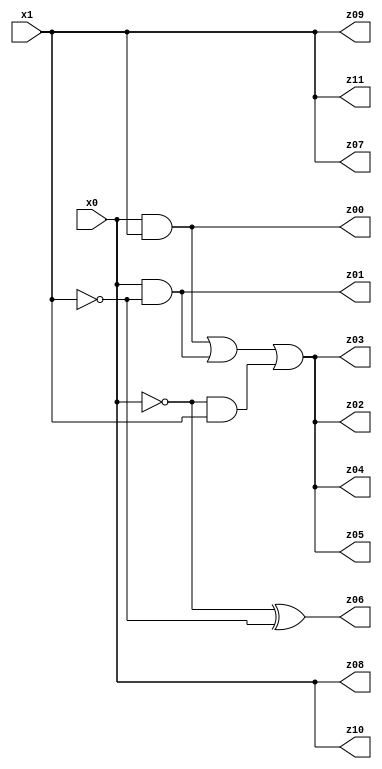
// Benchmark "X_34" written by ABC on Fri Jun 02 03:55:15 2023

module X_34 ( 
    x0, x1,
    z00, z01, z02, z03, z04, z05, z06, z07, z08, z09, z10, z11  );
  input  x0, x1;
  output z00, z01, z02, z03, z04, z05, z06, z07, z08, z09, z10, z11;
  assign z00 = x0 & x1;
  assign z01 = x0 & ~x1;
  assign z02 = (x0 & x1) | (x0 & ~x1) | (~x0 & x1);
  assign z03 = (x0 & x1) | (x0 & ~x1) | (~x0 & x1);
  assign z04 = (x0 & x1) | (x0 & ~x1) | (~x0 & x1);
  assign z05 = (x0 & x1) | (x0 & ~x1) | (~x0 & x1);
  assign z06 = ~x0 ^ ~x1;
  assign z07 = x0 ? x1 : x1;
  assign z08 = x1 ? x0 : x0;
  assign z09 = x0 ? x1 : x1;
  assign z10 = x1 ? x0 : x0;
  assign z11 = x0 ? x1 : x1;
endmodule